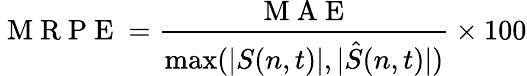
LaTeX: \mathrm{~M~R~P~E~}=\frac{\mathrm{~M~A~E~}}{\operatorname*{max}(|S(n,t)|,|\hat{S}(n,t)|)}\times 100